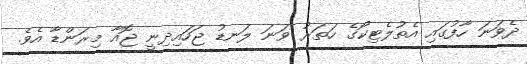
ދެވަނަ ހާފުގައި އެތުލެޓިކޯގެ ހަތަރު ވަނަ ލަނޑު ޖަހައިދިނީ ޖޮއާ މިރަންޑާ އެވެ.